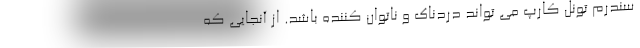
سندرم تونل کارپ می تواند دردناک و ناتوان کننده باشد. از آنجایی که